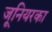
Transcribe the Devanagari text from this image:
जूनियरका